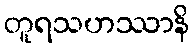
တူရသဟဿာနိ